Report of the Indian Hemp Drugs Commission, 1894-1895 - Volume VII
Year: 1894
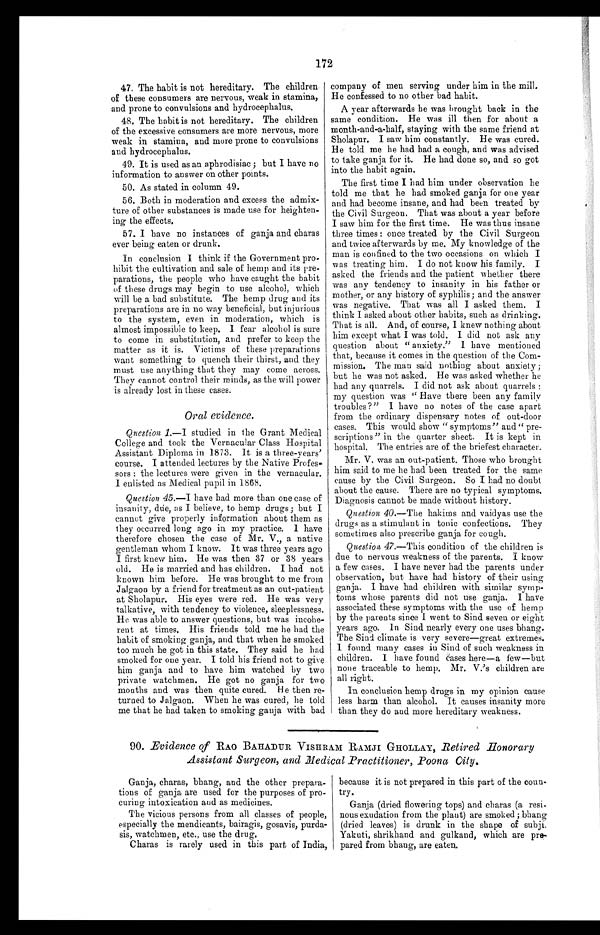
172
47. The habit is not hereditary. The children
of these consumers are nervous, weak in stamina,
and prone to convulsions and hydrocephalus.
48. The habit is not hereditary. The children
of the excessive consumers are more nervous, more
weak in stamina, and more prone to convulsions
and hydrocephalus.
49. It is used as an aphrodisiac ; but I have no
information to answer on other points.
50. As stated in column 49.
56. Both in moderation and excess the admix-
ture of other substances is made use for heighten-
ing the effects.
57. I have no instances of ganja and charas
ever being eaten or drunk.
In conclusion I think if the Government pro-
hibit the cultivation and sale of hemp and its pre-
parations, the people who have caught the habit
of these drugs may begin to use alcohol, which
will be a bad substitute. The hemp drug and its
preparations are in no way beneficial, but injurious
to the system, even in moderation, which is
almost impossible to keep. I fear alcohol is sure
to come in substitution, and prefer to keep the
matter as it is. Victims of these preparations
want something to quench their thirst, and they
must use anything that they may come across.
They cannot control their minds, as the will power
is already lost in these cases.
oral evidence.
Question 1 .—I studied in the Grant Medical
College and took the Vernacular Class Hospital
Assistant Diploma in 1873. It is a three-years'
course. I attended lectures by the Native Profes
sors : the lectures were given in the vernacular.
I enlisted as Medical pupil in 1868.
Question 45.—I have had more than one case of
insanity, due, us I believe, to hemp drugs; but I
cannot give properly information about them as
they occurred long ago in my practice. I have
therefore chosen the case of Mr. V., a native
gentleman whom I know. It was three years ago
I first knew him. He was then 37 or 38 years
old. He is married and has children. I had not
known him before. He was brought to me from
Jalgaon by a friend for treatment as an out-patient
at Sholapur. His eyes were red. He was very
talkative, with tendency to violence, sleeplessness.
He was able to answer questions, but was incohe-
rent at times. His friends told me he had the
habit of smoking ganja, and that when he smoked
too much he got in this state, They said he had
smoked for one year. I told his friend not to give
him ganja and to have him watched by two
private watchmen. He got no ganja for two
months and was then quite cured. He then re-
turned to Jalgaon. When he was cured, he told
me that he had taken to smoking ganja with bad
company of men serving under him in the mill.
He confessed to no other bad habit.
A year afterwards he was brought back in the
same condition. He was ill then for about a
month-and-a-half, staying with the same friend at
Sholapur. I saw him constantly. He was cured.
He told me he had had a cough, and was advised
to take ganja for it. He had done so, and so got
into the habit again.
The first time I had him under observation he
told me that he had smoked ganja for one year
and had become insane, and had been treated by
the Civil Surgeon. That was about a year before
I saw him for the first time. He was thus insane
three times : once treated by the Civil Surgeon
and twice afterwards by me. My knowledge of the
man is confined to the two occasions on which I
was treating him. I do not know his family. I
asked the friends and the patient whether there
was any tendency to insanity in his father or
mother, or any history of syphilis; and the answer
was negative. That was all I asked them. I
think I asked about other habits, such as drinking.
That is all. And, of course, I knew nothing about
him except what I was told. I did not ask any
question about " anxiety." I have mentioned
that, because it comes in the question of the Com-
mission. The man said nothing about anxiety;
but he was not asked. He was asked whether he
had any quarrels. I did not ask about quarrels :
my question was " Have there been any family
troubles?" I have no notes of the case apart
from the ordinary dispensary notes of out-door
cases. This would show " symptoms" and " pre-
scriptions" in the quarter sheet. It is kept in
hospital. The entries are of the briefest character.
Mr. V. was an out-patient. Those who brought
him said to me he had been treated for the same
cause by the Civil Surgeon. So I had no doubt
about the cause. There are no typical symptoms.
Diagnosis cannot be made without history.
Question 40 .—The hakims and vaidyas use the
drugs as a stimulant in tonic confections. They
sometimes also prescribe ganja for cough.
Question 47 .—This condition of the children is
due to nervous weakness of the parents. I know
a few cases. I have never had the parents under
observation, but have had history of their using
ganja. I have had children with similar symp-
toms whose parents did not use ganja. I have
associated these symptoms with the use of hemp
by the parents since I went to Sind seven or eight
years ago. In Sind nearly every one uses bhang.
The Sind climate is very severe—great extremes.
I found many cases in Sind of such weakness in
children. I have found cases here—a few—but
none traceable to hemp. Mr. V.'s children are
all right.
In conclusion hemp drugs in my opinion cause
less harm than alcohol. It causes insanity more
than they do and more hereditary weakness.
90. Evidence of RAO BAHADUR VISHRAM RAMJI GHOLLAY, Retired Honorary
Assistant Surgeon, and Medical Practitioner, Poona City.
Ganja, charas, bhang, and the other prepara-
tions of ganja are used for the purposes of pro-
curing intoxication and as medicines.
The vicious persons from all classes of people,
especially the mendicants, bairagis, gosavis, purda-
sis, watchmen, etc., use the drug.
Charas is rarely used in this part of India,
because it is not prepared in this part of the coun-
try.
Ganja (dried flowering tops) and charas (a resi
nous exudation from the plant) are smoked ; bhang
(dried leaves) is drunk in the shape of subji.
Yakuti, shrikhand and gulkand, which are pre-
pared from bhang, are eaten.